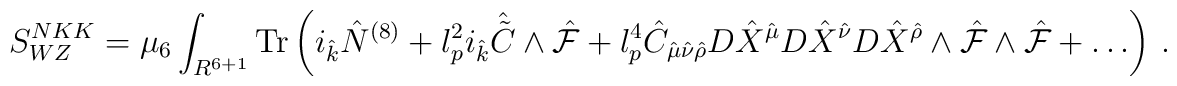
S^{N KK}_{WZ}=\mu_6\int_{R^{6+1}}{\rm Tr}\left( i_{\hat k}{\hat N}^{(8)}+l_p^2 i_{\hat k}{\hat {\tilde C}}\wedge {\hat {\cal F}}+l_p^4{\hat C}_{{\hat \mu}{\hat \nu}{\hat \rho}}D{\hat X}^{\hat \mu}D{\hat X}^{\hat \nu}D{\hat X}^{\hat \rho}\wedge {\hat {\cal F}}\wedge{\hat {\cal F}}+\dots\right)\, .